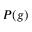
P ( g )